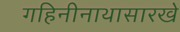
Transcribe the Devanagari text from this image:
गहिनीनाथासारखे